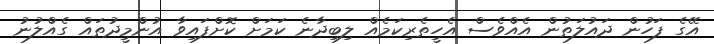
އޭގެ ފަހުން ދައުލަތުން އެއްވެސް އެހީތެރިކަމެއް ލިބިދާނެ ކަމަށް ކޮށްފައިވާ އުންމީދުތައް ގެއްލުނު